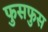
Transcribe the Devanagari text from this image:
फुसफुस